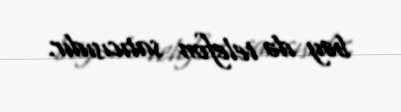
bəy də telefon satıcısıdır.